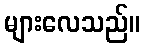
များလေသည်။